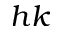
h k